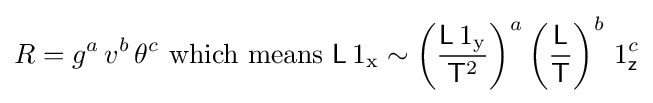
R=g^{a}\,v^{b}\,\theta ^{c}{\text{ which means }}{\mathsf {L}}\,1_{\mathrm {x} }\sim \left({\frac {{\mathsf {L}}\,1_{\text{y}}}{{\mathsf {T}}^{2}}}\right)^{a}\left({\frac {\mathsf {L}}{\mathsf {T}}}\right)^{b}\,1_{\mathsf {z}}^{c}